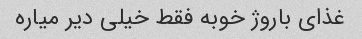
غذای باروژ خوبه فقط خیلی دیر میاره